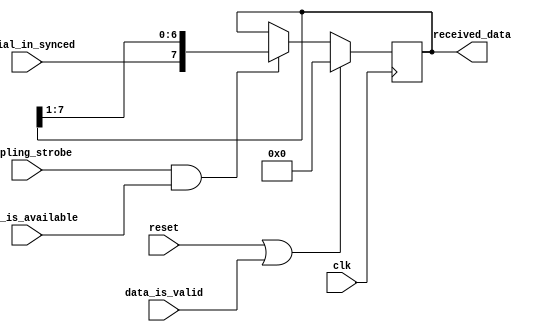
module SIPO_shift_register(clk, reset, data_is_valid, sampling_strobe, serial_in_synced, data_is_available, received_data);  // manages sampling-related data signal using SIPO shift register

parameter INPUT_DATA_WIDTH = 8;

input clk, sampling_strobe, serial_in_synced, data_is_available;
input reset, data_is_valid;

output reg [(INPUT_DATA_WIDTH-1):0] received_data; // SIPO

always @(posedge clk)
begin
	if(reset || data_is_valid)
		received_data <= {INPUT_DATA_WIDTH{1'b0}};

    else if(sampling_strobe && data_is_available)
    	received_data <= { serial_in_synced , received_data[(INPUT_DATA_WIDTH-1):1] };  // LSB received first by UART definition
end

initial begin
	received_data = {INPUT_DATA_WIDTH{1'b0}};
end

`ifdef FORMAL

reg first_clock_passed = 0;

always @(posedge clk) first_clock_passed <= 1;

always @(posedge clk)
begin
	if(first_clock_passed) begin
		if($past(reset) || $past(data_is_valid))
			assert(received_data == {INPUT_DATA_WIDTH{1'b0}});

		else if($past(sampling_strobe) && $past(data_is_available))
			assert(received_data == { $past(serial_in_synced) , $past(received_data[(INPUT_DATA_WIDTH-1):1] )});
		
		else assert(received_data == $past(received_data));
	end
end

`endif

endmodule